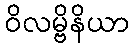
ဝိလမ္ဗိနိယာ